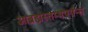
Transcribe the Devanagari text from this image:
आब्रह्मस्तम्भपर्यन्तं